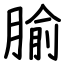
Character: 腧